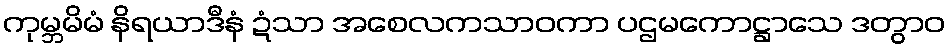
ကုမ္ဘမိမံ နိရယာဒီနံ ဍံသာ အစေလကသာဝကာ ပဌမကောဋ္ဌာသေ ဒတွာဝ